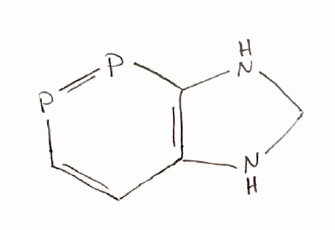
Simplified molecular-input line-entry system (SMILES) notation of the given molecule:
C1NC2=C(N1)P=PC=C2